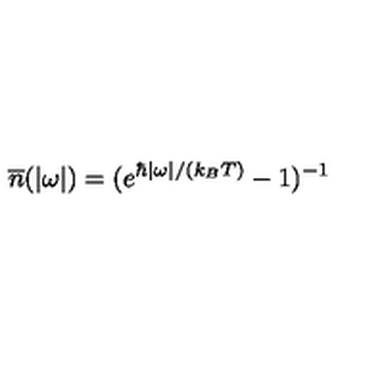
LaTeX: { \overline { n } } ( | \omega | ) = ( e ^ { \hbar | \omega | / ( k _ { B } T ) } - 1 ) ^ { - 1 }